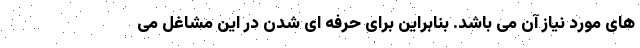
های مورد نیاز آن می باشد. بنابراین برای حرفه ای شدن در این مشاغل می